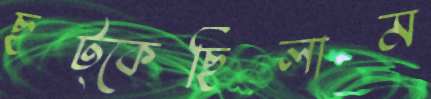
ছট্‌কেছিলাম